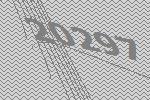
20297